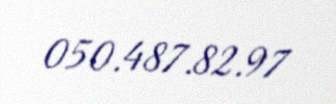
050.487.82.97